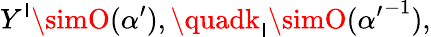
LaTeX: Y^{\mathsf{I}}\simO(\alpha^{\prime}),\quadk_{\mathsf{I}}\simO({\alpha^{\prime}}^{-1}),